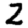
Digit: 2